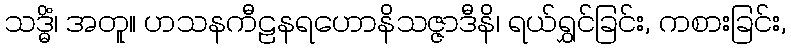
သဒ္ဓိံ၊ အတူ။ ဟသနကီဠနရဟောနိသဇ္ဇာဒီနိ၊ ရယ်ရွှင်ခြင်း, ကစားခြင်း,